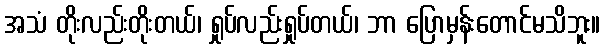
အသံ တိုးလည်းတိုးတယ်၊ ရှုပ်လည်းရှုပ်တယ်၊ ဘာ ပြောမှန်းတောင်မသိဘူး။